Medical and sanitary report of the native army of Madras for the year
Year: 1877
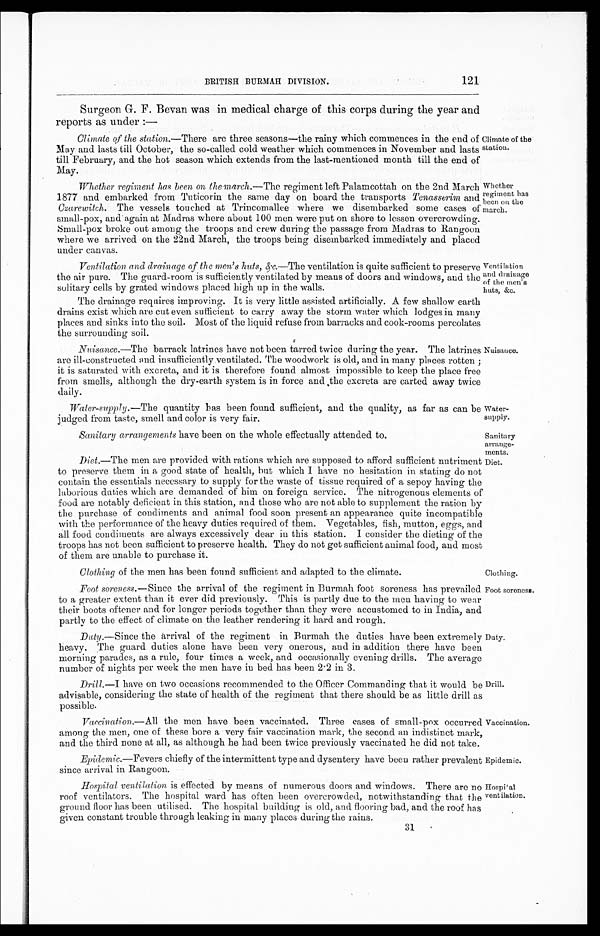
Epidemic.
Hospital
ventilation.
121
BRITISH BURMAH DIVISION.
Surgeon G. F. Bevan was in medical charge of this corps during the year and
reports as under : —
Climate of the station.—There are three seasons—the rainy which commences in the end of
May and lasts till October, the so-called cold weather which commences in November and lasts
till February, and the hot season which extends from the last-mentioned month till the end of
May.
Climate of the
station.
Whether regiment has been on the march.—The regiment left Palamcottah on the 2nd March
1877 and embarked from Tuticorin the same day on board the transports Tenasserim and
Czarewitch. The vessels touched at Trincomallee where we disembarked some cases of
small-pox, and again at Madras where about 100 men were put on shore to lessen overcrowding.
Small-pox broke out among the troops and crew during the passage from Madras to Rangoon
where we arrived on the 22nd March, the troops being disembarked immediately and placed
under canvas.
Whether
regiment has
been on the
march.
Ventilation and drainage of the men's huts, &c., —The ventilation is quite sufficient to preserve
the air pure. The guard-room is sufficiently ventilated by means of doors and windows, and the
solitary cells by grated windows placed high up in the walls.
The drainage requires improving. It is very little assisted artificially. A few shallow earth
drains exist which are cut even sufficient to carry away the storm water which lodges in many
places and sinks into the soil. Most of the liquid refuse from barracks and cook-rooms percolates
the surrounding soil.
Nuisanee .—The barrack latrines have not been tarred twice during the year. The latrines
are ill-constructed and insufficiently ventilated. The woodwork is old, and in many places rotten;
it is saturated with excreta, and it is therefore found almost impossible to keep the place free
from smells, although the dry-earth system is in force and the excreta are carted away twice
daily.
Ventilation
and drainage
of the men's
huts, &c.
Nuisance.
Water-supply.—The quantity has been found sufficient, and the quality, as far as can be
judged from taste, smell and color is very fair.
Water
-supply.
Sanitary arrangements have been on the whole effectually attended to.
Sanitary
arrange
- m e n t s .
Diet .—The men are provided with rations which are supposed to afford sufficient nutriment
to preserve them in a good state of health, but which I have no hesitation in stating do not
contain the essentials necessary to supply for the waste of tissue required of a sepoy having the
laborious duties which are demanded of him on foreign service. The nitrogenous elements of
food are notably deficient in this station, and those who are not able to supplement the ration by
the purchase of condiments and animal food soon present an appearance quite incompatible
with the performance of the heavy duties required of them. Vegetables, fish, mutton, eggs, and
all food condiments are always excessively dear in this station. I consider the dieting of the
troops has not been sufficient to preserve health. They do not get sufficient animal food, and most
of them are unable to purchase it.
Diet.
Clothing of the men has been found sufficient and adapted to the climate.
Clothing.
Foot soreness .—Since the arrival of the regiment in Burmah foot soreness has prevailed
to a greater extent than it ever did previously. This is partly due to the men having to wear
their boots oftener and for longer periods together than they were accustomed to in India, and
partly to the effect of climate on the leather rendering it hard and rough.
Duty.—Since the arrival of the regiment in Burmah the duties have been extremely
heavy. The guard duties alone have been very onerous, and in addition there have been
morning parades, as a rule, four times a week, and occasionally evening drills. The average
number of nights per week the men have in bed has been 2.2 in 3.
Drill.—I have on two occasions recommended to the Officer Commanding that it would be
advisable, considering the state of health of the regiment that there should be as little drill as
possible.
Vaccination.—All the men have been vaccinated. Three cases of small-pox occurred
among the men, one of these bore a very fair vaccination mark, the second an indistinct mark,
and the third none at all, as although he had been twice previously vaccinated he did not take.
Epidemic.—Fevers chiefly of the intermittent type and dysentery have been rather prevalent
since arrival in Rangoon.
Hospital ventilation is effected by means of numerous doors and windows. There are no
roof ventilators. The hospital ward has often been overcrowded, notwithstanding that the
ground floor has been utilised. The hospital building is old, and flooring bad, and the roof has
given constant trouble through leaking in many places during the rains.
Foot soreness.
Duty.
Drill.
Vaccination.
31